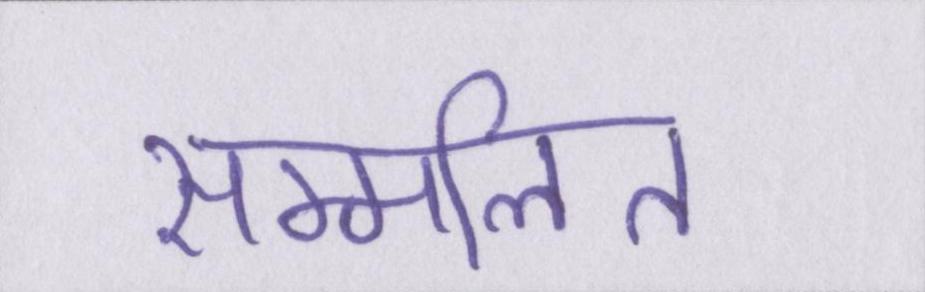
सम्मलित